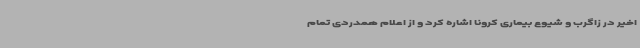
اخیر در زاگرب و شیوع بیماری کرونا اشاره کرد و از اعلام همدردی تمام